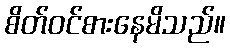
စိတ်ဝင်စားနေမိသည်။